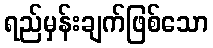
ရည်မှန်းချက်ဖြစ်သော